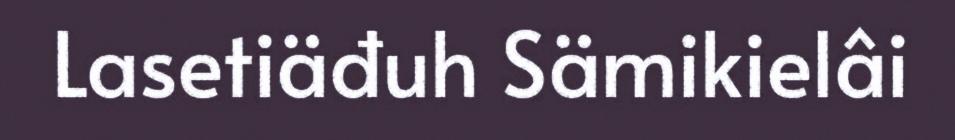
Lasetiäđuh Sämikielâi